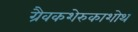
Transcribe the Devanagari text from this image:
ग्रैवकशेरुकाशोथ